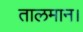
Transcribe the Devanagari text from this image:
तालमान।